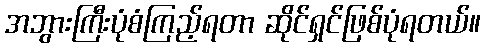
အဘွားကြီးပုံစံကြည့်ရတာ ဆိုင်ရှင်ဖြစ်ပုံရတယ်။